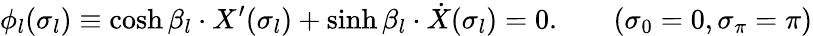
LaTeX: \phi_{l}(\sigma_{l})\equiv\cosh\beta_{l}\cdot X^{\prime}(\sigma_{l})+\sinh\beta_{l}\cdot\dot{X}(\sigma_{l})=0.\qquad(\sigma_{0}=0,\sigma_{\pi}=\pi)